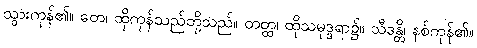
သွားကုန်၏။ တေ၊ ထိုကုန်သည်တို့သည်။ တတ္ထ၊ ထိုသမုဒ္ဒရာ၌။ သီဒန္တိ၊ နစ်ကုန်၏။